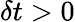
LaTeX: \delta t>0